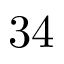
3 4